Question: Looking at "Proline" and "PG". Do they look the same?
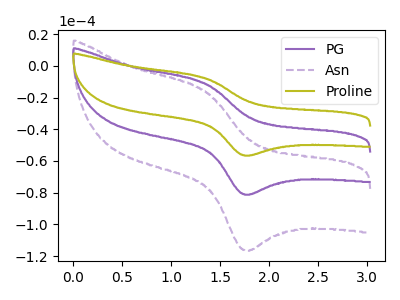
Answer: <think>The purple curve "PG" has an anodic peak at (1.35V, -10.80uA) and a cathodic peak at (1.75V, -80.90uA). The purple dashed curve "Asn" has an anodic peak at (1.35V, -21.55uA) and a cathodic peak at (1.75V, -161.80uA). The olive curve "Proline" has an anodic peak at (1.35V, -7.50uA) and a cathodic peak at (1.75V, -56.35uA).
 All the peaks in "Proline" have a peak in "PG" at the same potential.</think>
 <answer>"Proline" and "PG" are similar in shape.</answer>
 <eval>same_shape</eval>